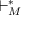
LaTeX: \vdash _ { M } ^ { * }